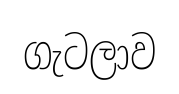
ගැටලාව